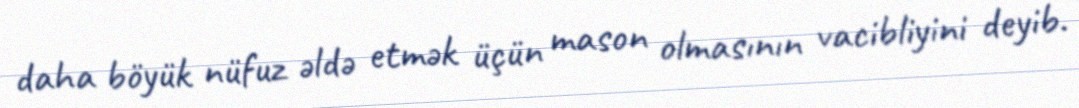
daha böyük nüfuz əldə etmək üçün mason olmasının vacibliyini deyib.